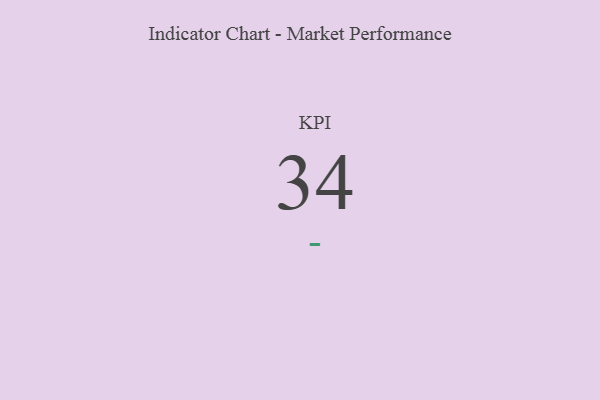
{"axis": {"x": "KPI", "y": "Value"}, "legend": [""], "data": [{"x": "KPI", "y": 34, "type": ""}]}